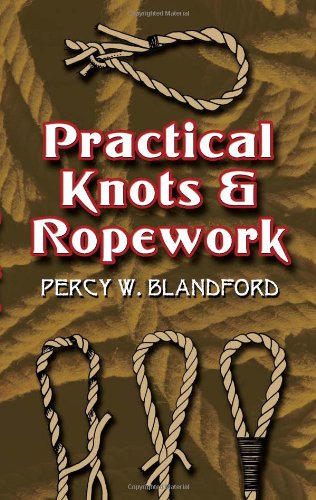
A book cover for Practical Knots and Ropework (Dover Craft Books); Percy W. Blandford; Crafts, Hobbies & Home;